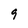
Character: g